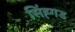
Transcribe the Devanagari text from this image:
सिंह्गड